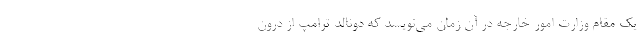
یک مقام وزارت امور خارجه در آن زمان می‌نویسد که دونالد ترامپ از درون